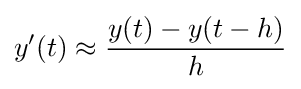
y'(t)\approx {\frac {y(t)-y(t-h)}{h}}